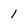
Character: 1